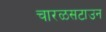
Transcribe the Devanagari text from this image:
चारळसटाउन